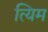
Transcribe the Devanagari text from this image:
त्यिम